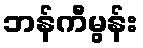
ဘန်ကီမွန်း